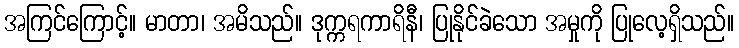
အကြင်ကြောင့်။ မာတာ၊ အမိသည်။ ဒုက္ကရကာရိနီ၊ ပြုနိုင်ခဲသော အမှုကို ပြုလေ့ရှိသည်။